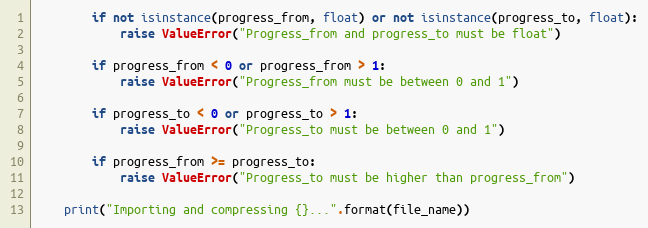
Language: Python
        if not isinstance(progress_from, float) or not isinstance(progress_to, float):
            raise ValueError("Progress_from and progress_to must be float")

        if progress_from < 0 or progress_from > 1:
            raise ValueError("Progress_from must be between 0 and 1")

        if progress_to < 0 or progress_to > 1:
            raise ValueError("Progress_to must be between 0 and 1")

        if progress_from >= progress_to:
            raise ValueError("Progress_to must be higher than progress_from")

    print("Importing and compressing {}...".format(file_name))